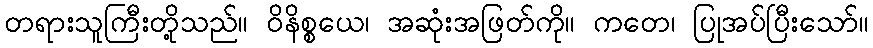
တရားသူကြီးတို့သည်။ ဝိနိစ္စယေ၊ အဆုံးအဖြတ်ကို။ ကတေ၊ ပြုအပ်ပြီးသော်။